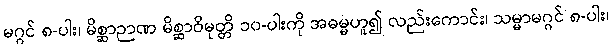
မဂ္ဂင် ၈-ပါး၊ မိစ္ဆာဉာဏ မိစ္ဆာဝိမုတ္တိ ၁၀-ပါးကို အဓမ္မဟူ၍ လည်းကောင်း၊ သမ္မာမဂ္ဂင် ၈-ပါး၊